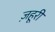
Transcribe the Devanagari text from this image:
ज़हूरी